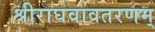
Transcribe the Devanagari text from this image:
श्रीराघवावतरणम्